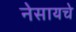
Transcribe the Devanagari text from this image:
नेसायचे